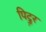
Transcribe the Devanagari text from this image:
पिट्ज़र